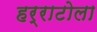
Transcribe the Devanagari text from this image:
हर्राटोला